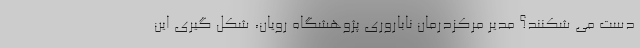
دست می شکنند؟ مدیر مرکزدرمان ناباروری پژوهشگاه رویان، شکل گیری این